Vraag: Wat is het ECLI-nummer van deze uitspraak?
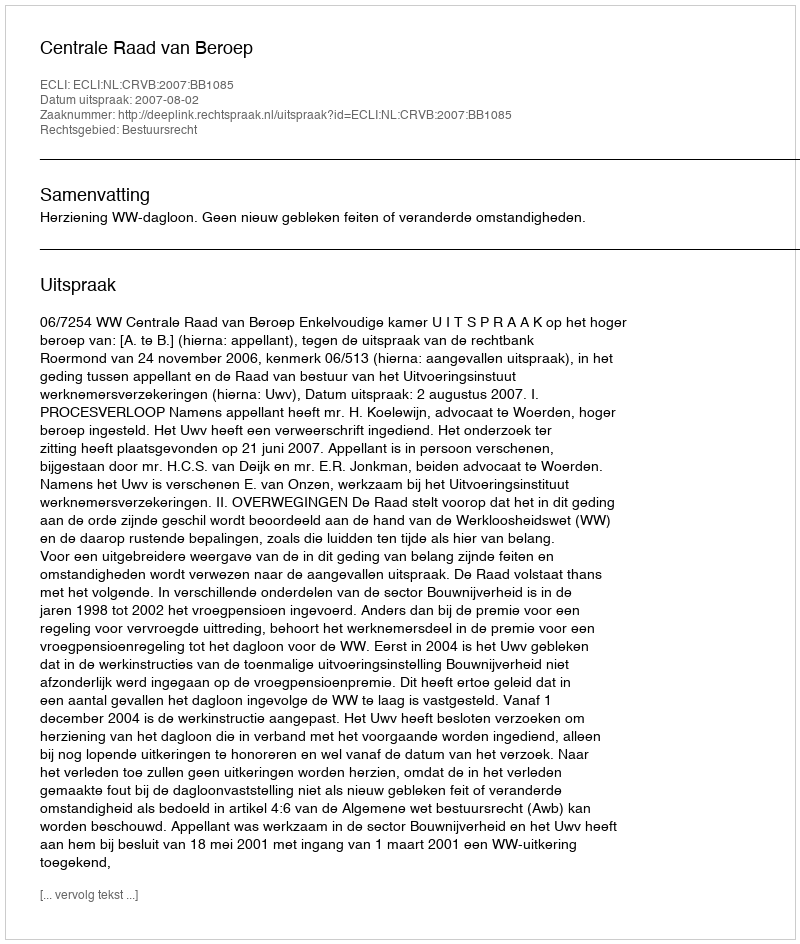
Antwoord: ECLI:NL:CRVB:2007:BB1085